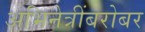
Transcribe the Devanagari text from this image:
अभिनेत्रींबरोबर